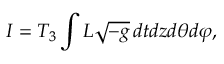
I = T _ { 3 } \int { \cal L } \sqrt { - g } \, d t d z d \theta d \varphi ,